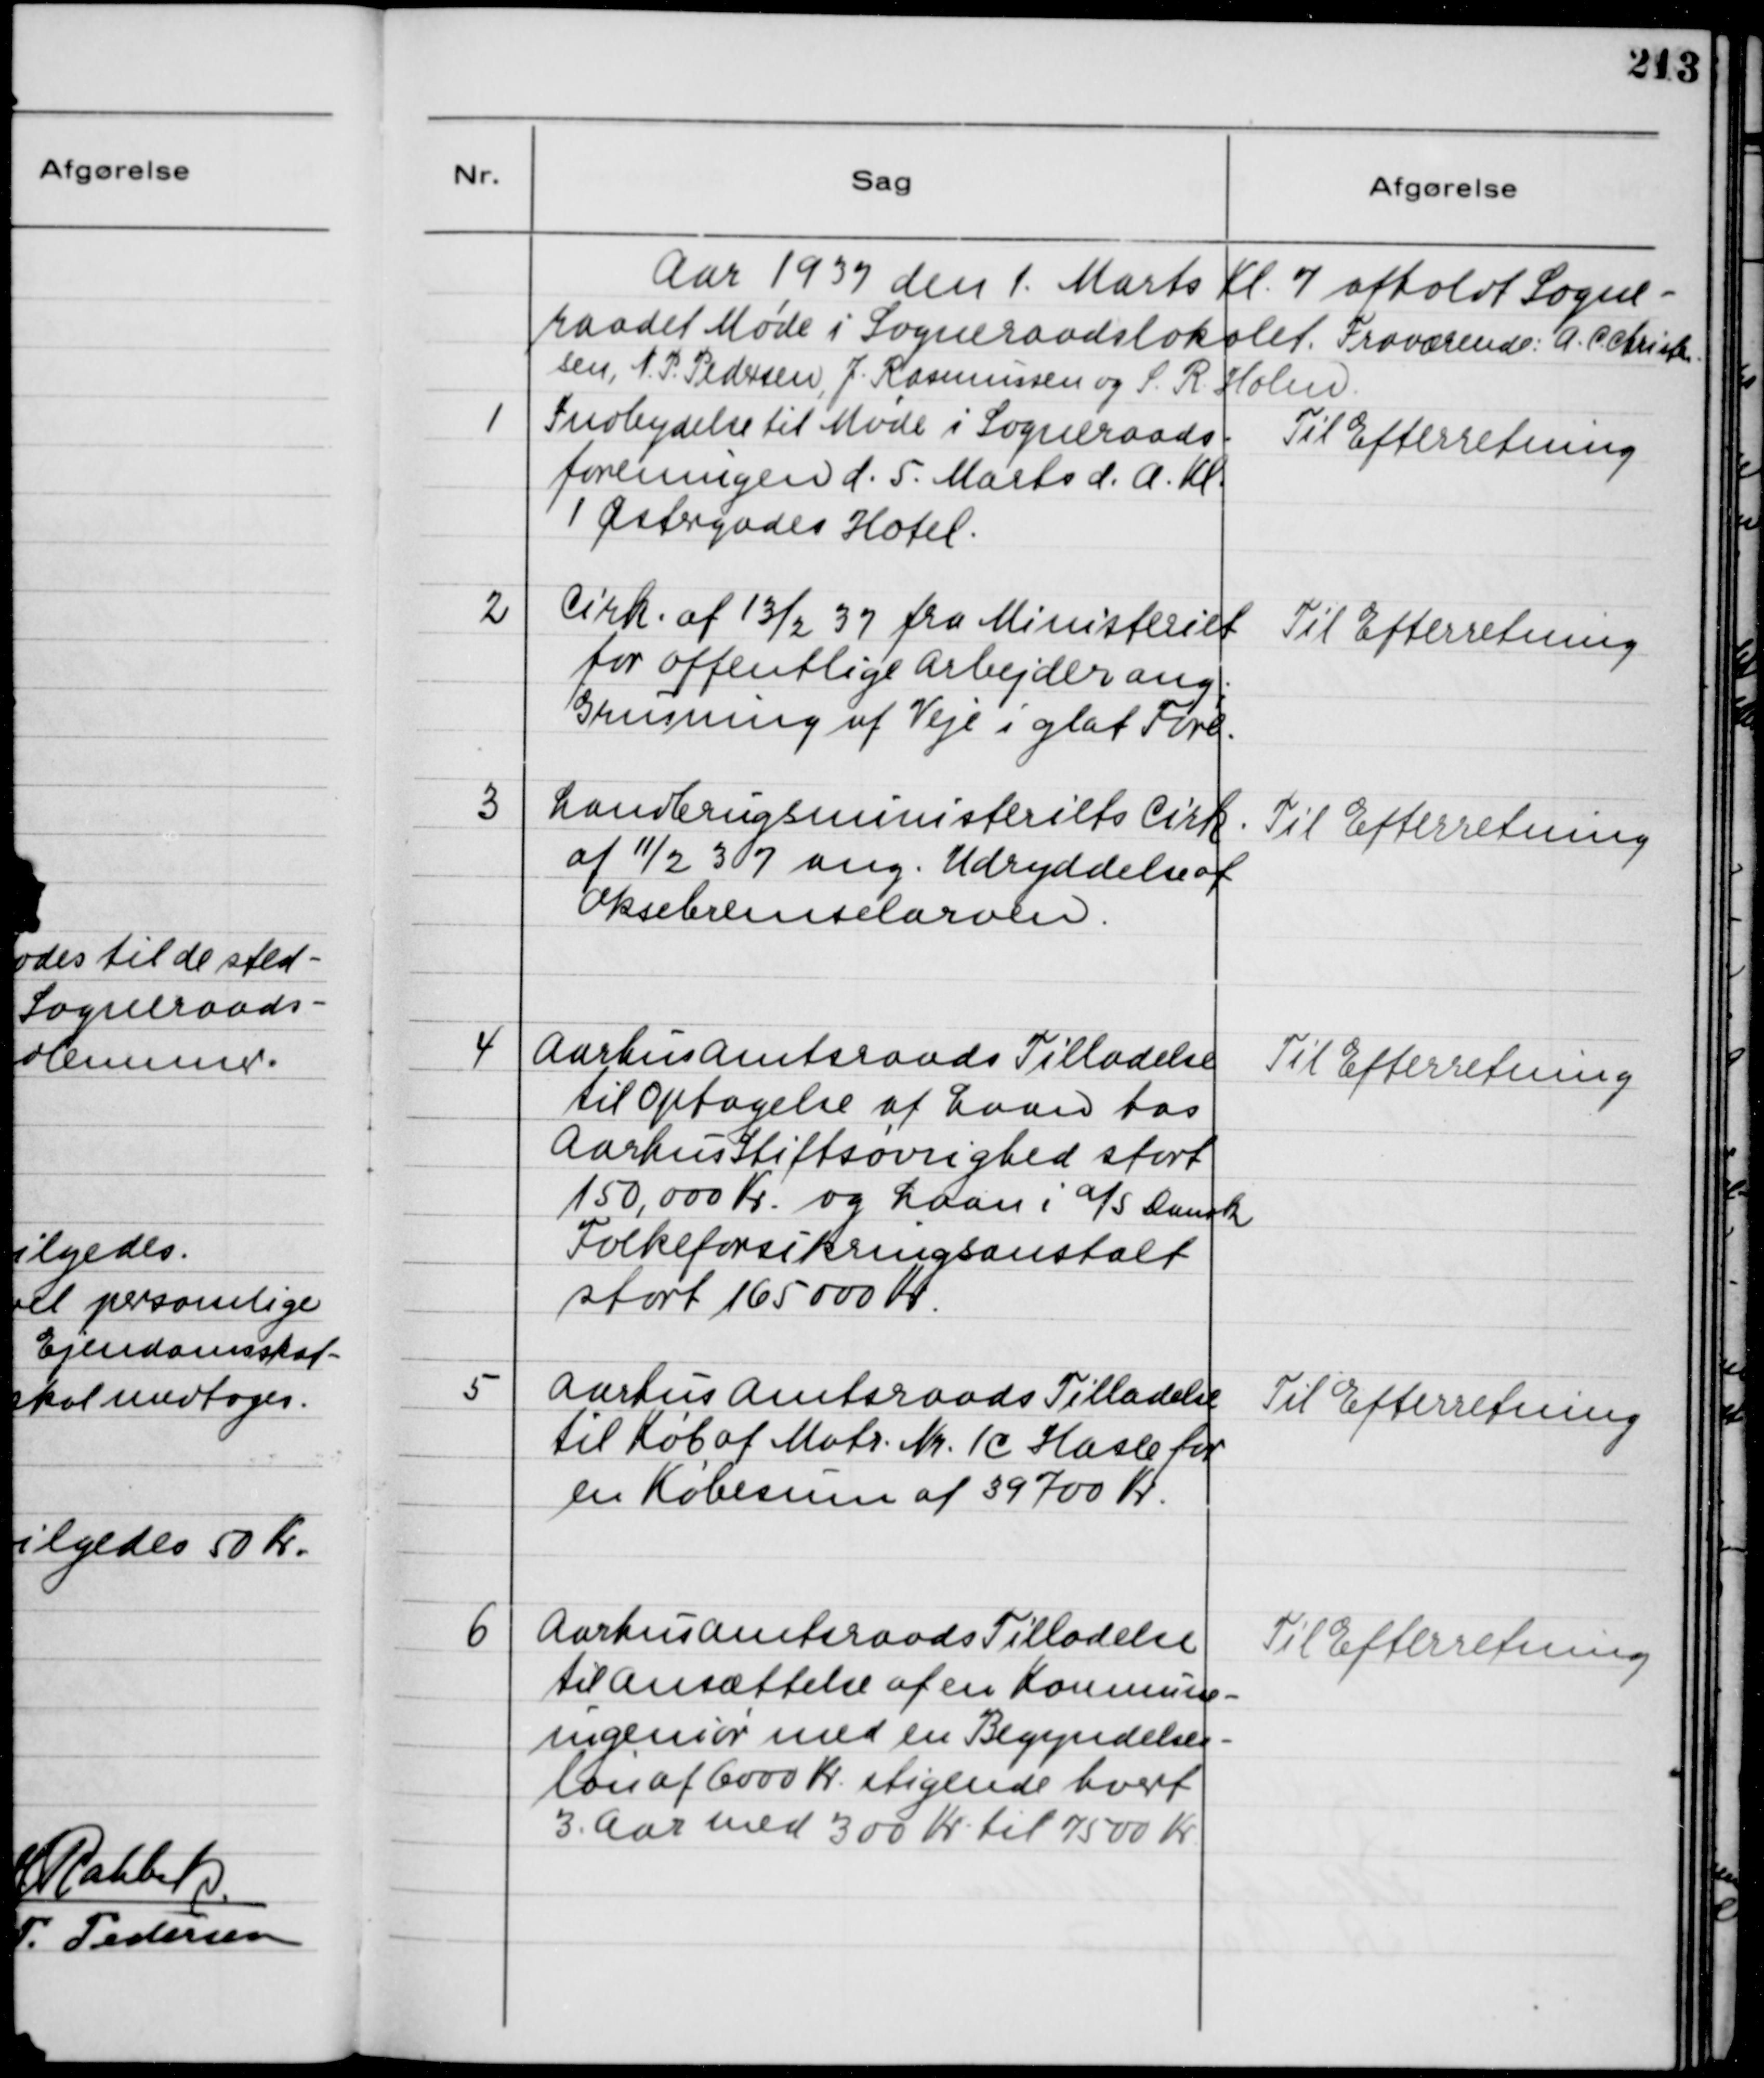
Transskription:
Aar 1937 den 1. Marts Kl. 7 afholdt Sogne-
raadet Møde i Sogneraadslokalet. Fraværende: A. C. Christen-
sen, N. P. Pedersen, J. Rasmussen og S. R. Holm.

1
Indbydelse til Møde i Sogneraads-
foreningen d. 5. Marts d. A. Kl.
I Østergades Hotel.

Til Efterretning

2
Cirk. af 13/2 37 fra Ministeriet
for offentlige Arbejder ang.
Grusning af Veje i glat Føre.

Til Efterretning.

3
Landbrugsministeriets Cirk.
af 11/2 37 ang. Udryddelse af
Oksebremselarven.

Til Efterretning

4
Aarhus Amtsraads Tilladelse
til Optagelse af Laan hos
Aarhus Stiftsøvrighed stort
150.000 Kr. og Laan i a/s Dansk
Folkeforsikringsanstalt
stort 165000 Kr.

Til Efterretning

5
Aarhus Amtsraads Tilladelse
til Køb af Matr. Nr. 1 c Hasle for
en Købesum af 39700 Kr.

Til Efterretning

6
Aarhus Amtsraads Tilladelse
til Ansættelse af en Konmune-
ingeniør med en Begyndelses-
løn af 6000 Kr. stigende hvert
3. Aar med 300 Kr. til 7500 Kr.

Til Efterretning